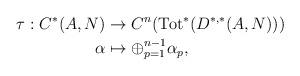
LaTeX: \begin{align*}\tau: C^*(A,N) &\to C^n(\operatorname{Tot}^*(D^{*,*}(A,N)))\\ \alpha &\mapsto \oplus_{p=1}^{n-1}\alpha_p,\end{align*}